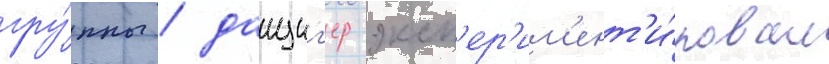
гру́ппы / данциг'ер эксп'ер'им'ент'и́ровал